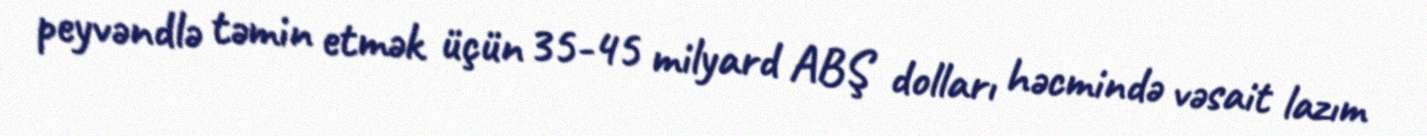
peyvəndlə təmin etmək üçün 35-45 milyard ABŞ dolları həcmində vəsait lazım